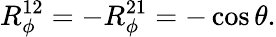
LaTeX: R_{\phi}^{12}=-R_{\phi}^{21}=-\cos\theta.